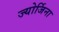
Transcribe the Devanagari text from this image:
ज्योर्जिना